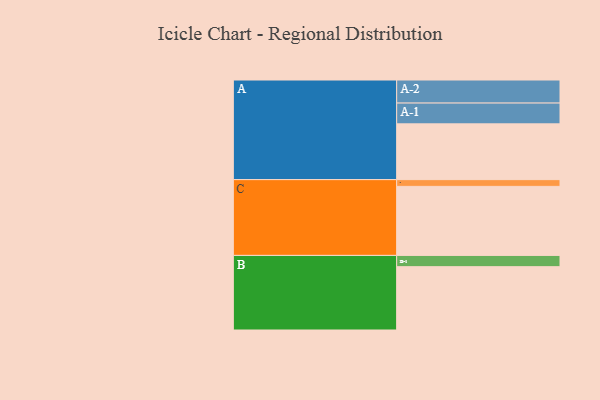
{"axis": {"x": "Segment", "y": "Value"}, "legend": ["", "A", "B", "C"], "data": [{"x": "A", "y": 421, "type": ""}, {"x": "B", "y": 478, "type": ""}, {"x": "C", "y": 521, "type": ""}, {"x": "A-1", "y": 157, "type": "A"}, {"x": "A-2", "y": 174, "type": "A"}, {"x": "B-1", "y": 85, "type": "B"}, {"x": "C-1", "y": 51, "type": "C"}]}